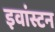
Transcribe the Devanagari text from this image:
इवांस्टन